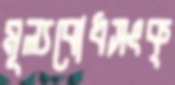
মূল্যবোধসংক্